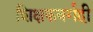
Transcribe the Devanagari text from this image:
शिक्षकवर्गही